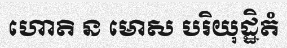
ហោតិ ន មោស បរិយុដ្ឋិតំ